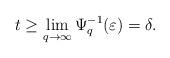
LaTeX: \begin{align*} t\geq \lim_{q\rightarrow\infty}\Psi_q^{-1}(\varepsilon)=\delta.\end{align*}